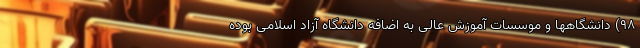
۹۸) دانشگاهها و موسسات آموزش عالی به اضافه دانشگاه آزاد اسلامی بوده